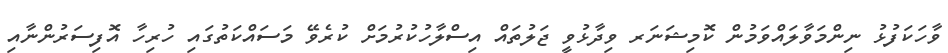
ވާހަކަފުޅު ނިންމަވާލައްވަމުން ކޮމިޝަނަރ ވިދާޅުވީ ޖަލުތައް އިސްލާހުކުރުމަށް ކުރެވޭ މަސައްކަތުގައި ހުރިހާ އޮފިސަރުންނާއި